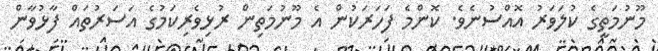
މޫނުމަތީގެ ކުލަވަރު އޮއްސުނެވެ. ކޮންމެ ފަހަރަކުން އެ މޫނުމަތިން ރުޅިވެރިކަމުގެ އަސަރުތައް ފާޅުވާން